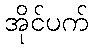
အိုင်ပက်